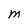
Character: M